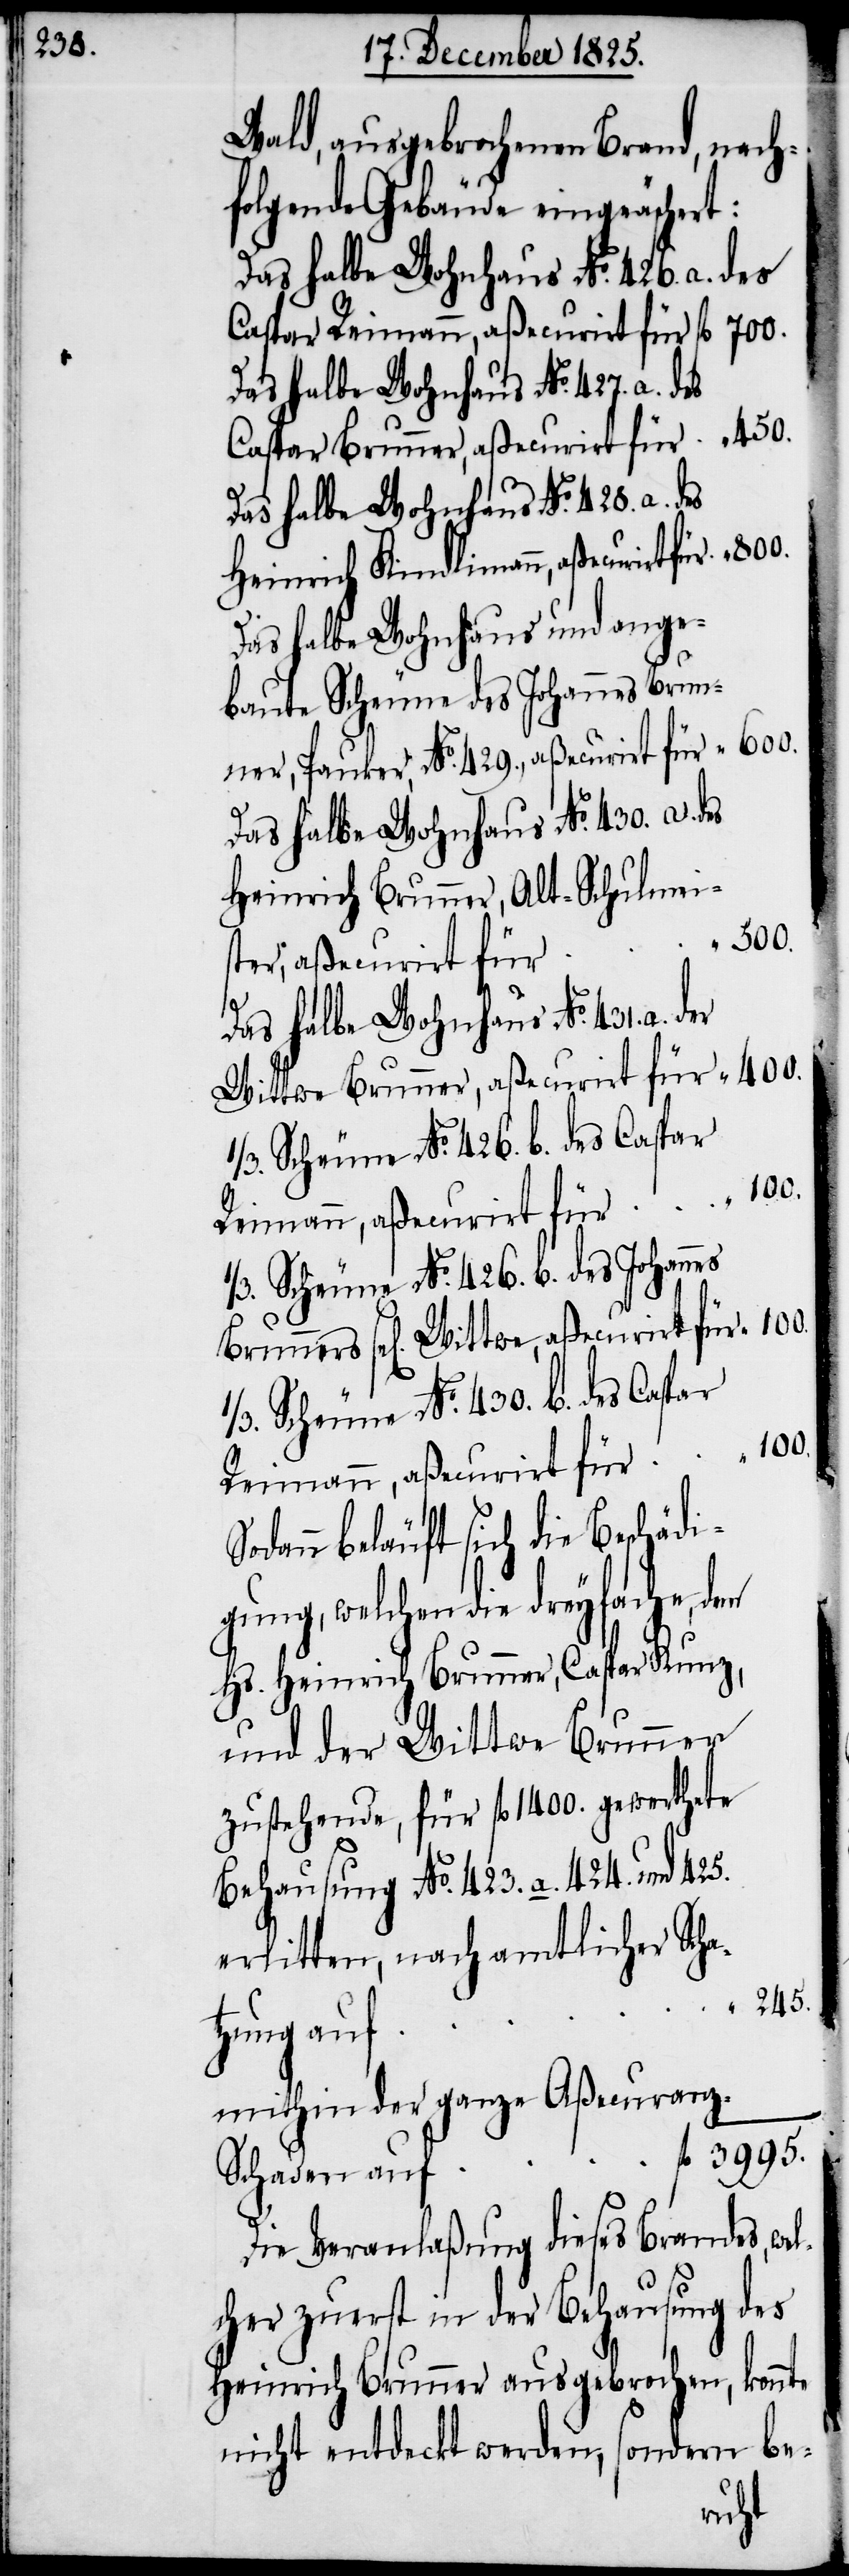
Wald, ausgebrochenen Brand, nach¬
folgende Gebäude eingeäschert:
Das halbe Wohnhaus No. 431. a. der
Caspar Brunner, aßecurirt für
Heinrich Kindlimann, aßecurirt
Das halbe Wohnhaus und ange¬
baute Scheune des Johannes Brun¬
ner, Junker, No. 429., aßecurirt für
Heinrich Brunner, Alt-Schulmeis¬
100.
twe, aßecurirt für
Wittwe Brunner, aßecurirt für
1/3. Scheune No. 426. b. des Caspar
Reimann, aßecurirt für
Scheune No. 426. b. des Johannes
dann beläuft sich die Beschäd¬
igung, welchen die dreyfache, dem
Hs. Heinrich Brunner, Caspar Kunz,
und der Wittwe Brunner
zustehende, für fl. 1400. gewerthete
Behausung No. 423. a. 424. und 425.
erlitten, nach amtlicher Scha¬
245.
tzung auf
mithin ganze Aßecuran¬
z-Schaden auf
Die Veranlaßung dieses Brandes, we¬
lcher zuerst in der Behausung des
Heinrich Brunner ausgebrochen, konnte
nicht entdeckt werden, sondern be-
So¬